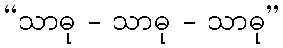
“သာဓု - သာဓု - သာဓု”